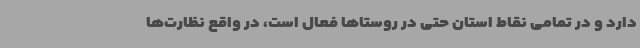
دارد و در تمامی نقاط استان حتی در روستاها فعال است، در واقع نظارت‌ها